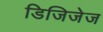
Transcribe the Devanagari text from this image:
डिजिजेज